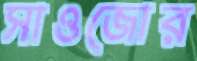
সাওজোর